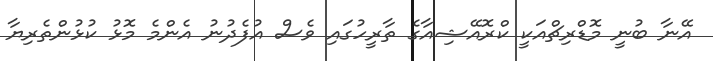
އޭނާ ބުނީ މޮޑްރިޗްއަކީ ކްރޮއޭޝިއާގެ ތާރީހުގައި ވެސް އުފެދުނު އެންމެ މޮޅު ކުޅުންތެރިޔާ